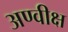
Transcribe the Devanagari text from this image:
अण्वीक्ष